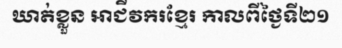
ឃាត់ខ្លួន អាជីវករខ្មែរ កាលពីថ្ងៃទី២១